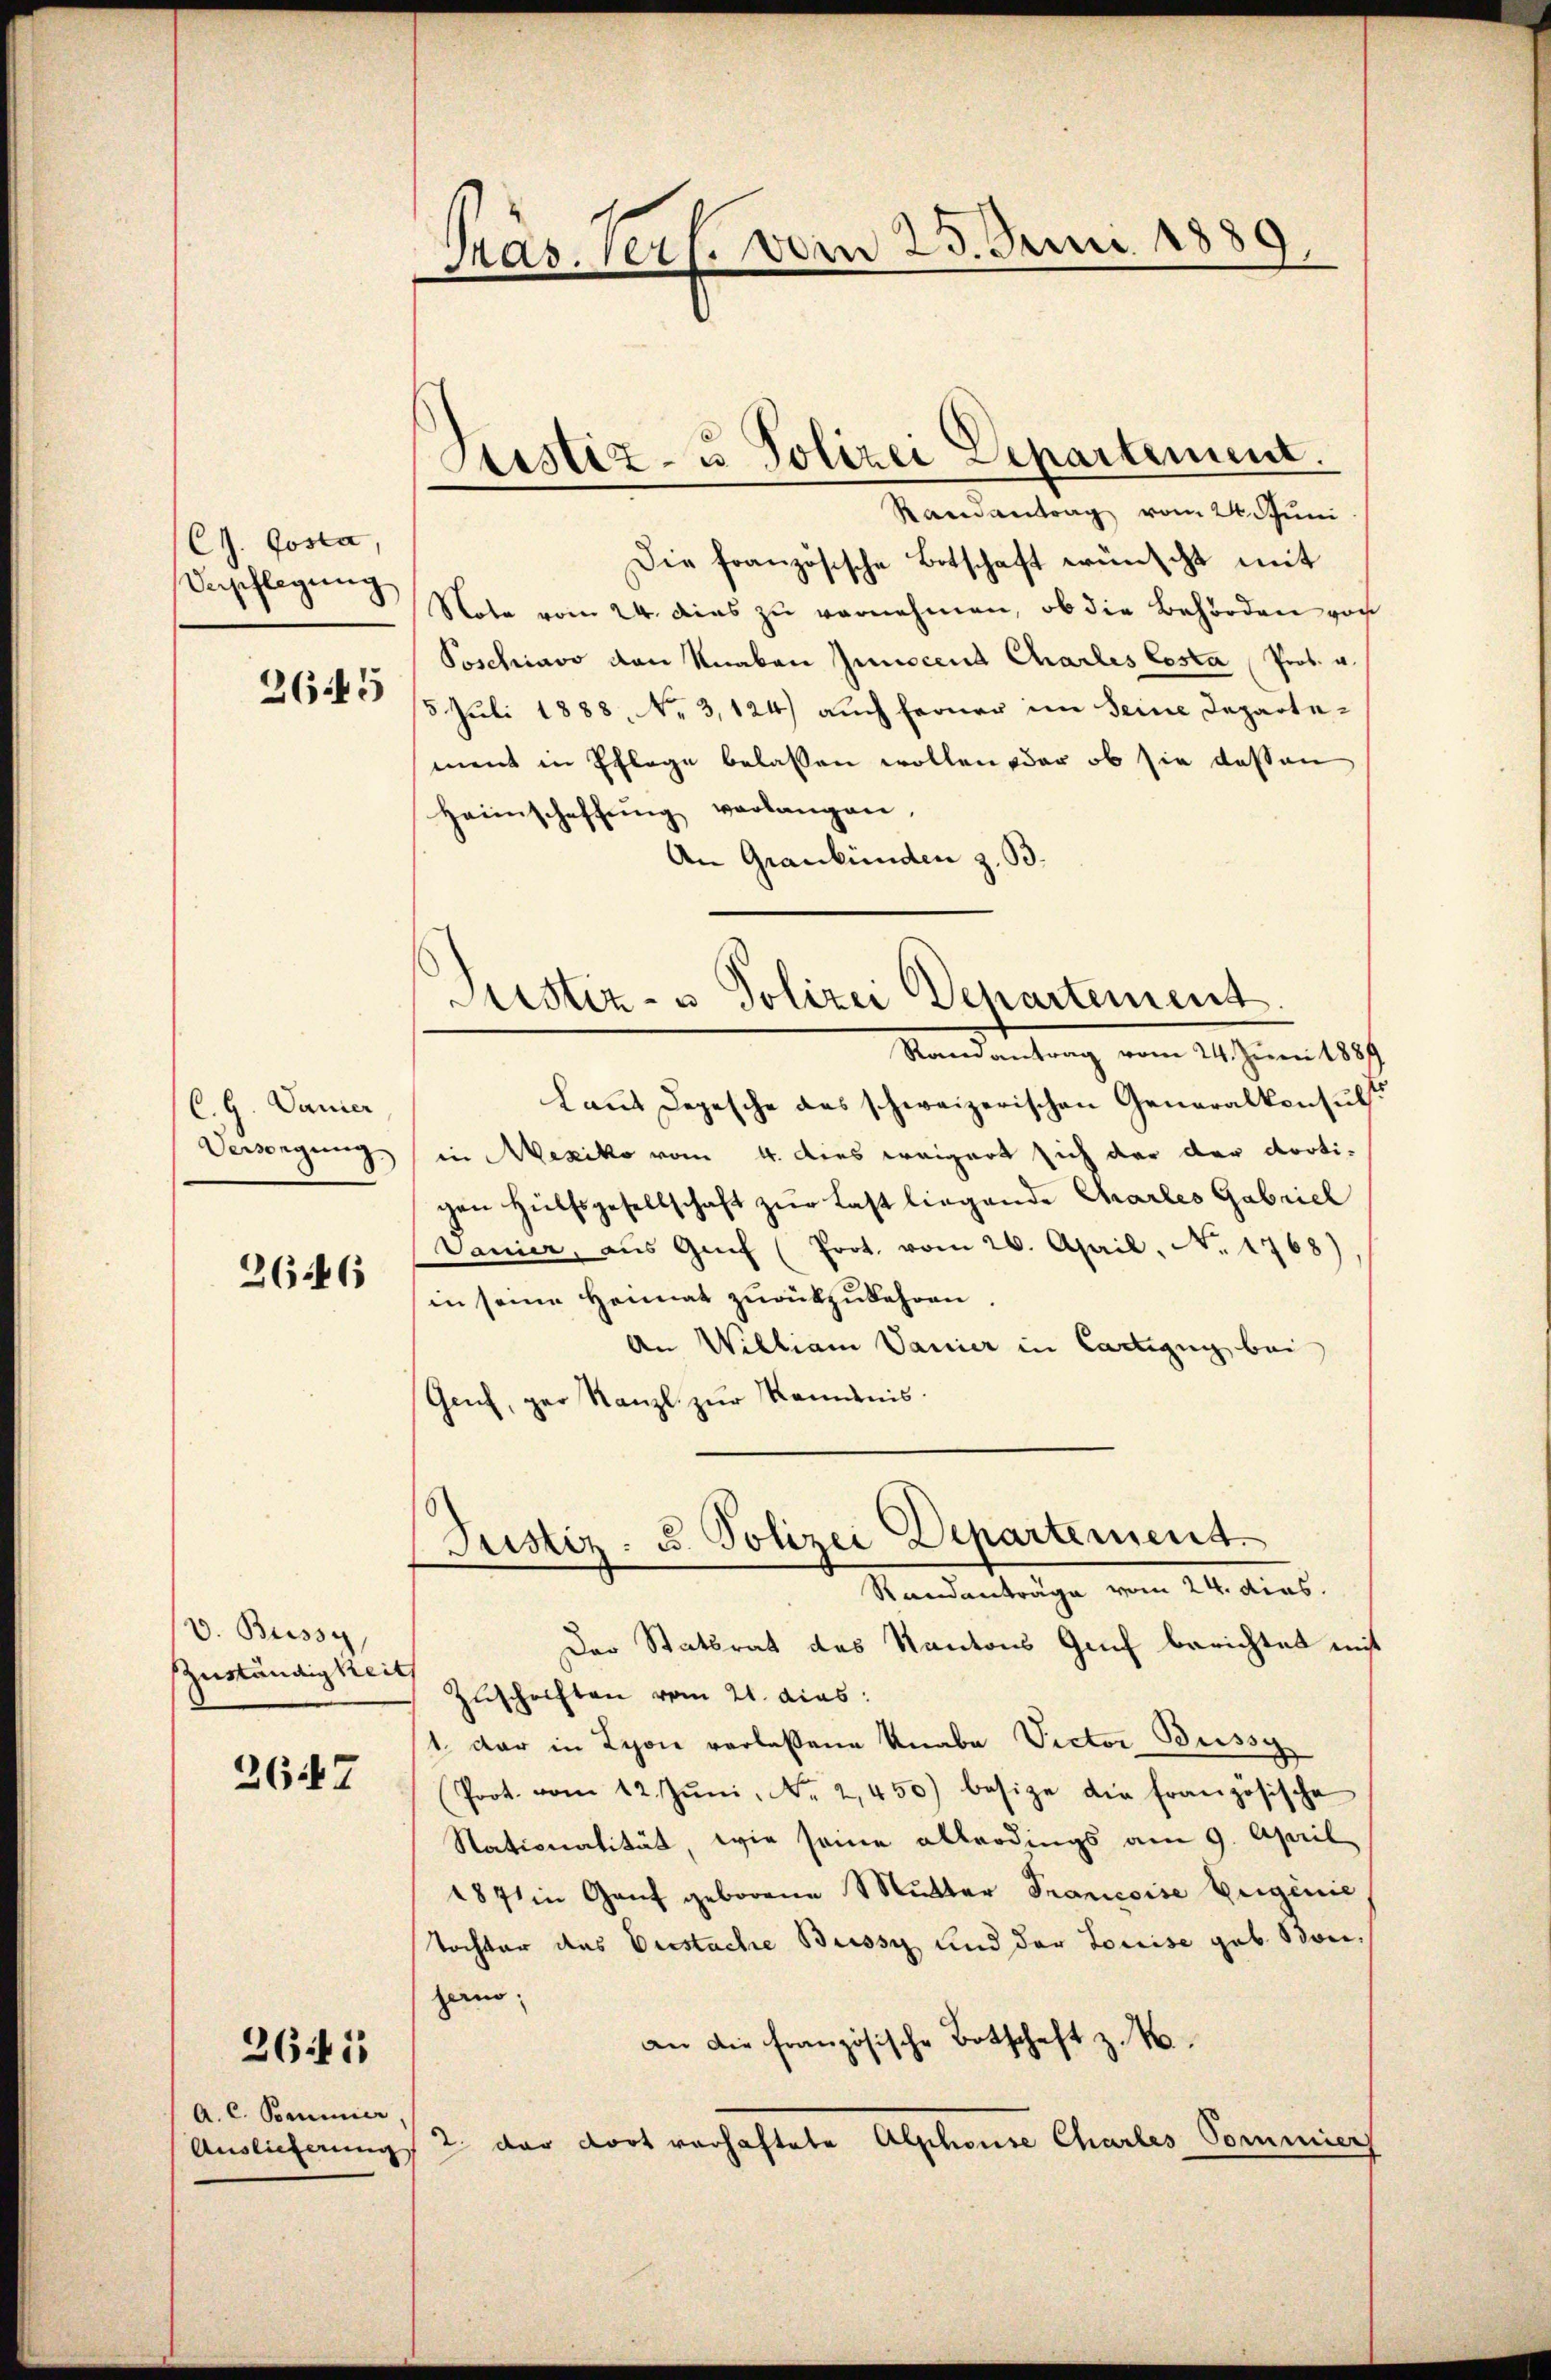
CJ. Posta,
Verpflegung
2645

C.G. Danier
Verwegung

2646

v. Bussy,
Zuständigkeit

2647

A. C. Pommer,
Auslieferung

2641

Pras. vers. vom 25. Juni 1889.

Justiz- u Polizei Separtement.
Randantrag vom 24. Juni

Die französische Botschaft wünscht mit
Note vom 24. dies zu vernehmen, ob die Behörden von
Poschiavo von Knaben Junocent Charlis Costa Prof. u.
5 Juli 1888, No 3,124) auch ferner im seine Departement in Pflege belassen wollen oder ob sie dessen
Haunschaffŭng verlangen,
An Graubünden z. B.
Randantrag vom 24. Juni 1889
Laut Depesche des schweizerischen Generalkonsuls
in Mexiko vom 4. Dies weigert sich der der Arotigen Hülfsgesellschaft zur Last liegende Charles Gabriel
Danier, aŭs Genf (Prot. vom 26. April, N. 1768)
in seine Heimat zurükzukehren.
An Willian Vanier in Cartigug bei
Gach, gar Kanzl zur Kemnis.
Justiz- u. Polizei Departement.
Standenträge vom 24. dieb.
Der Statsrat des Kantons Genf berichtet mit
Zuschriften vom 21. dies:
1. der in Lyon verlassene Knabe Victor Buss
(Prot. vom 12. Jŭni, No. 2450) besize die französische
Nationalität, wie seine allerdings am 9. April
1871 in Genf geborene Mutter Prancoise beigenie
Tochter das Distache Bussy und der Louise geb. Bonhein;
an die französische Botschaft z. B.
2 der dort vorhaftete Alphonse Charles Commiers

Justiz- u Polizei Departement.